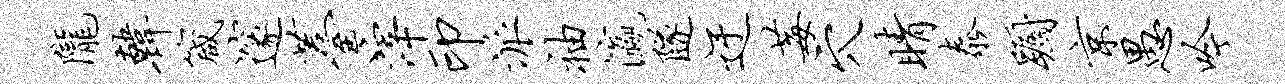
陇韩箴邃薹滓印派袖瀛隧迂莓穴睛泰蹰京愚吟